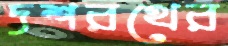
দশরথের